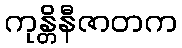
ကုန္တိနီဇာတက